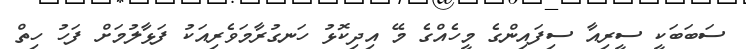
ސަބަބަކީ ސީރިއާ ސިފައިންގެ މީހެއްގެ މޭ އިދިކޮޅު ހަނގުރާމަވެރިއަކު ފަޅާލުމަށް ފަހު ހިތް